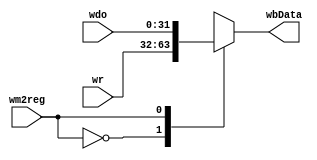
module wbReg(
    input [31:0] wr,
    input [31:0] wdo,
    input wm2reg, 
    output reg [31:0] wbData
    );
    
    always @(*) begin
        case(wm2reg)
            1'b0: wbData <= wr;
            1'b1: wbData <= wdo;
        endcase
    
    end 
    
endmodule